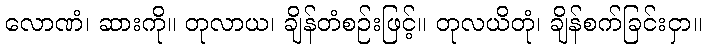
လောဏံ၊ ဆားကို။ တုလာယ၊ ချိန်တံစဉ်းဖြင့်။ တုလယိတုံ၊ ချိန်စက်ခြင်းငှာ။